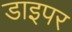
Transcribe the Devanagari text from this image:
डाइपर